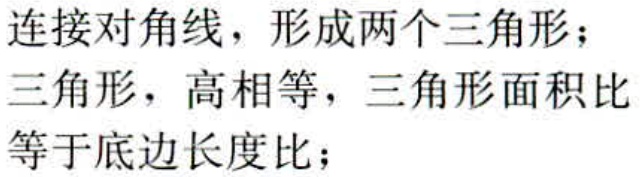
连接对角线，形成两个三角形；
三角形，高相等，三角形面积比
等于底边长度比；